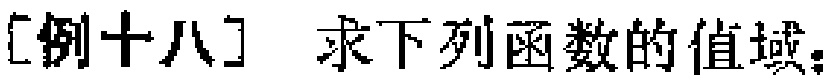
[例十八] 求下列函数的值域：